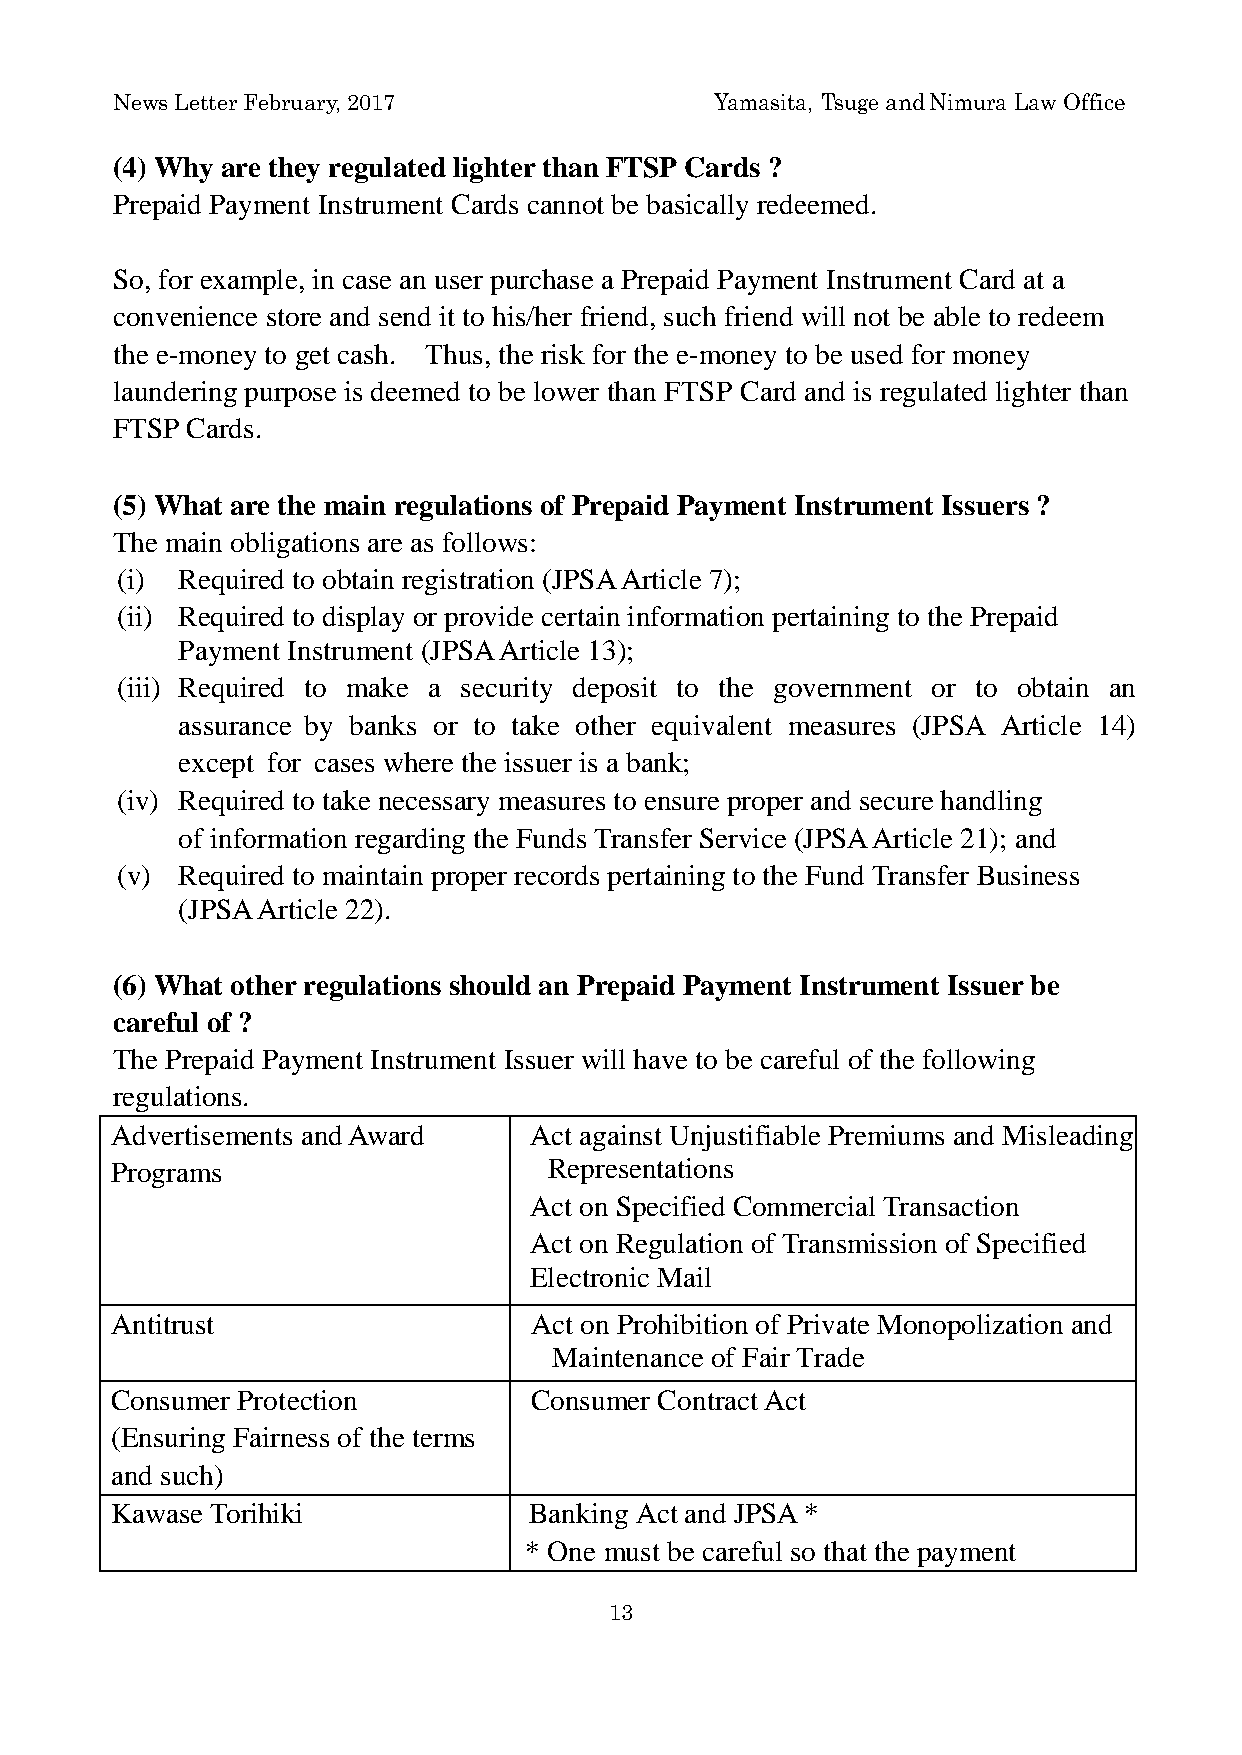
News Letter February, 2017              Yamasita, Tsuge and Nimura Law Office
 (4) Why are they regulated lighter than FTSP Cards ?
 Prepaid Payment Instrument Cards cannot be basically redeemed.
 So, for example, in case an user purchase a Prepaid Payment Instrument Card at a
 convenience store and send it to his/her friend, such friend will not be able to redeem
 the e-money to get cash. Thus, the risk for the e-money to be used for money
 laundering purpose is deemed to be lower than FTSP Card and is regulated lighter than
 FTSP Cards.
 (5) What are the main regulations of Prepaid Payment Instrument Issuers ?
 The main obligations are as follows:
 (i) Required to obtain registration (JPSA Article 7);
 (ii) Required to display or provide certain information pertaining to the Prepaid
 Payment Instrument (JPSA Article 13);
 (iii) Required to make a security deposit to the government or to obtain an
 assurance by banks or to take other equivalent measures (JPSA Article 14)
 except for cases where the issuer is a bank;
 (iv) Required to take necessary measures to ensure proper and secure handling
 of information regarding the Funds Transfer Service (JPSA Article 21); and
 (v) Required to maintain proper records pertaining to the Fund Transfer Business
 (JPSA Article 22).
 (6) What other regulations should an Prepaid Payment Instrument Issuer be
 careful of ?
 The Prepaid Payment Instrument Issuer will have to be careful of the following
 regulations.
 Advertisements and Award    Act against Unjustifiable Premiums and Misleading
 Programs                     Representations
 Act on Specified Commercial Transaction
 Act on Regulation of Transmission of Specified
 Electronic Mail
 Antitrust                   Act on Prohibition of Private Monopolization and
 Maintenance of Fair Trade
 Consumer Protection         Consumer Contract Act
 (Ensuring Fairness of the terms
 and such)
 Kawase Torihiki             Banking Act and JPSA *
 * One must be careful so that the payment
 13